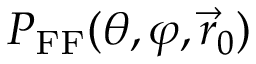
P _ { \mathrm { F F } } ( \theta , \varphi , \vec { r } _ { 0 } )